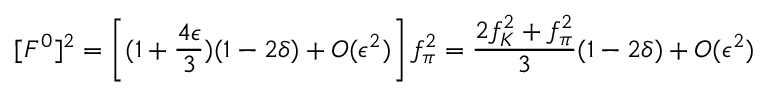
[ F ^ { 0 } ] ^ { 2 } = \left[ ( 1 + \frac { 4 \epsilon } { 3 } ) ( 1 - 2 \delta ) + { \cal O } ( \epsilon ^ { 2 } ) \right] f _ { \pi } ^ { 2 } = \frac { 2 f _ { K } ^ { 2 } + f _ { \pi } ^ { 2 } } { 3 } ( 1 - 2 \delta ) + { \cal O } ( \epsilon ^ { 2 } )